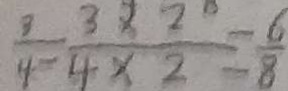
\frac { 3 } { 4 } = \frac { 3 \times 2 . } { 4 \times 2 } = \frac { 6 } { 8 }